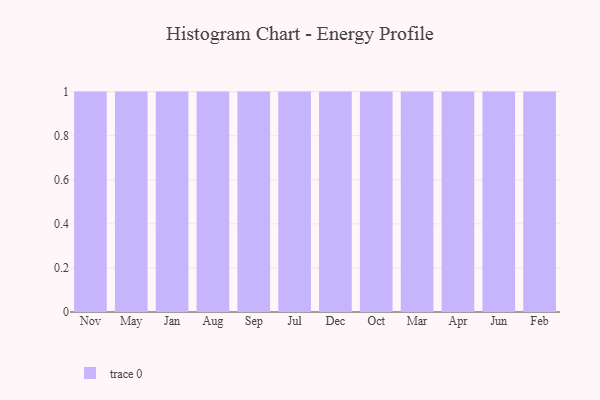
{"axis": {"x": "Month", "y": "Population (Million)"}, "legend": [""], "data": [{"x": "Nov", "y": 59, "type": ""}, {"x": "May", "y": 17, "type": ""}, {"x": "Jan", "y": 13, "type": ""}, {"x": "Aug", "y": 93, "type": ""}, {"x": "Sep", "y": 76, "type": ""}, {"x": "Jul", "y": 42, "type": ""}, {"x": "Dec", "y": 67, "type": ""}, {"x": "Oct", "y": 27, "type": ""}, {"x": "Mar", "y": 42, "type": ""}, {"x": "Apr", "y": 81, "type": ""}, {"x": "Jun", "y": 69, "type": ""}, {"x": "Feb", "y": 25, "type": ""}]}